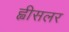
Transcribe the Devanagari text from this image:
ह्वीसलर